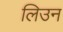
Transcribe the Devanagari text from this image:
लिउन